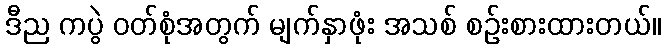
ဒီည ကပွဲ ဝတ်စုံအတွက် မျက်နှာဖုံး အသစ် စဉ်းစားထားတယ်။